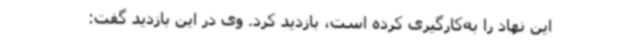
این نهاد را به‌کارگیری کرده است، بازدید کرد. وی در این بازدید گفت: